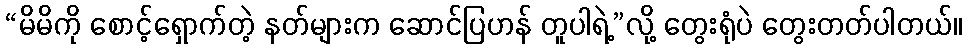
“မိမိကို စောင့်ရှောက်တဲ့ နတ်များက ဆောင်ပြဟန် တူပါရဲ့”လို့ တွေးရုံပဲ တွေးတတ်ပါတယ်။